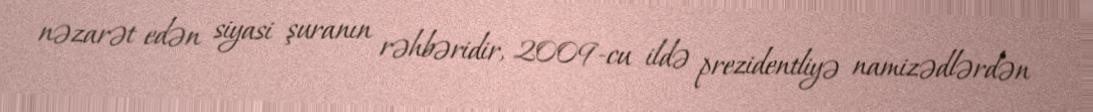
nəzarət edən siyasi şuranın rəhbəridir, 2009-cu ildə prezidentliyə namizədlərdən